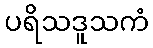
ပရိသဒူသကံ